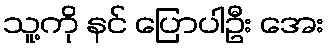
သူ့ကို နင် ပြောပါဦး အေး